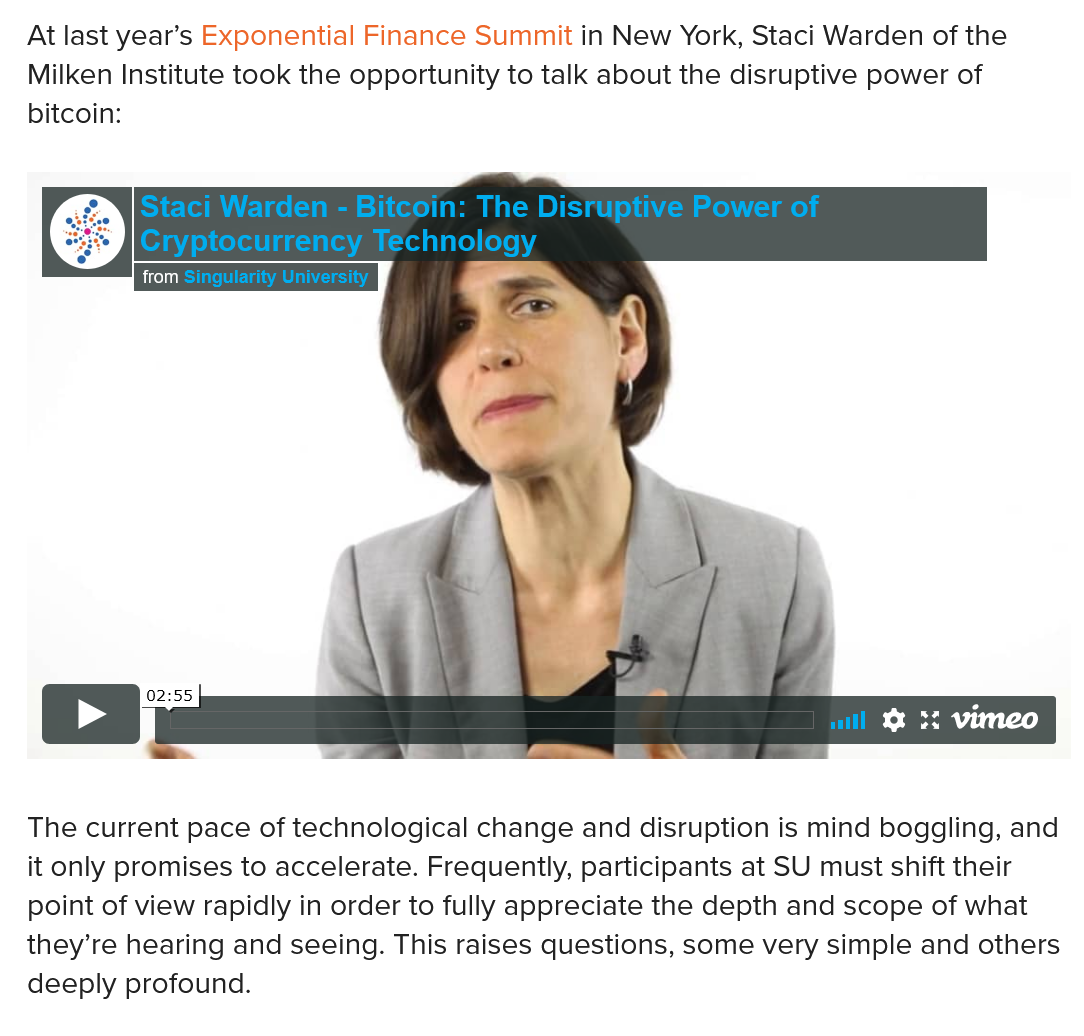
At last year’s Exponential Finance Summit in New York, Staci Warden of the
   Milken Institute took the opportunity to talk about the disruptive power of
   bitcoin:
     Staci Warden
     -
     Bitcoin: The Disruptive Power of
     Cryptocurrency  Technology
     from
  The  current pace of technological change and disruption is mind boggling, and
   it only promises to accelerate. Frequently, participants at SU must shift their
   point of view rapidly in order to fully appreciate the depth and scope of what
  they’re hearing and seeing. This raises questions, some very simple and others
  deeply profound.